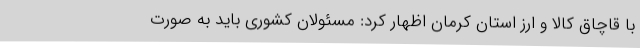
با قاچاق کالا و ارز استان کرمان اظهار کرد: مسئولان کشوری باید به صورت